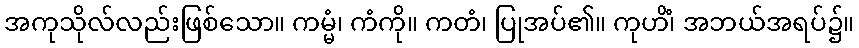
အကုသိုလ်လည်းဖြစ်သော။ ကမ္မံ၊ ကံကို။ ကတံ၊ ပြုအပ်၏။ ကုဟိံ၊ အဘယ်အရပ်၌။